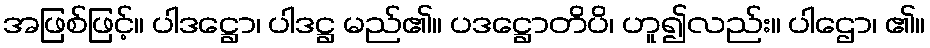
အဖြစ်ဖြင့်။ ပါဒဋ္ဌော၊ ပါဒဋ္ဌ မည်၏။ ပဒဋ္ဌောတိပိ၊ ဟူ၍လည်း။ ပါဌော၊ ၏။